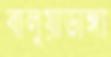
বালুয়াডাঙ্গা